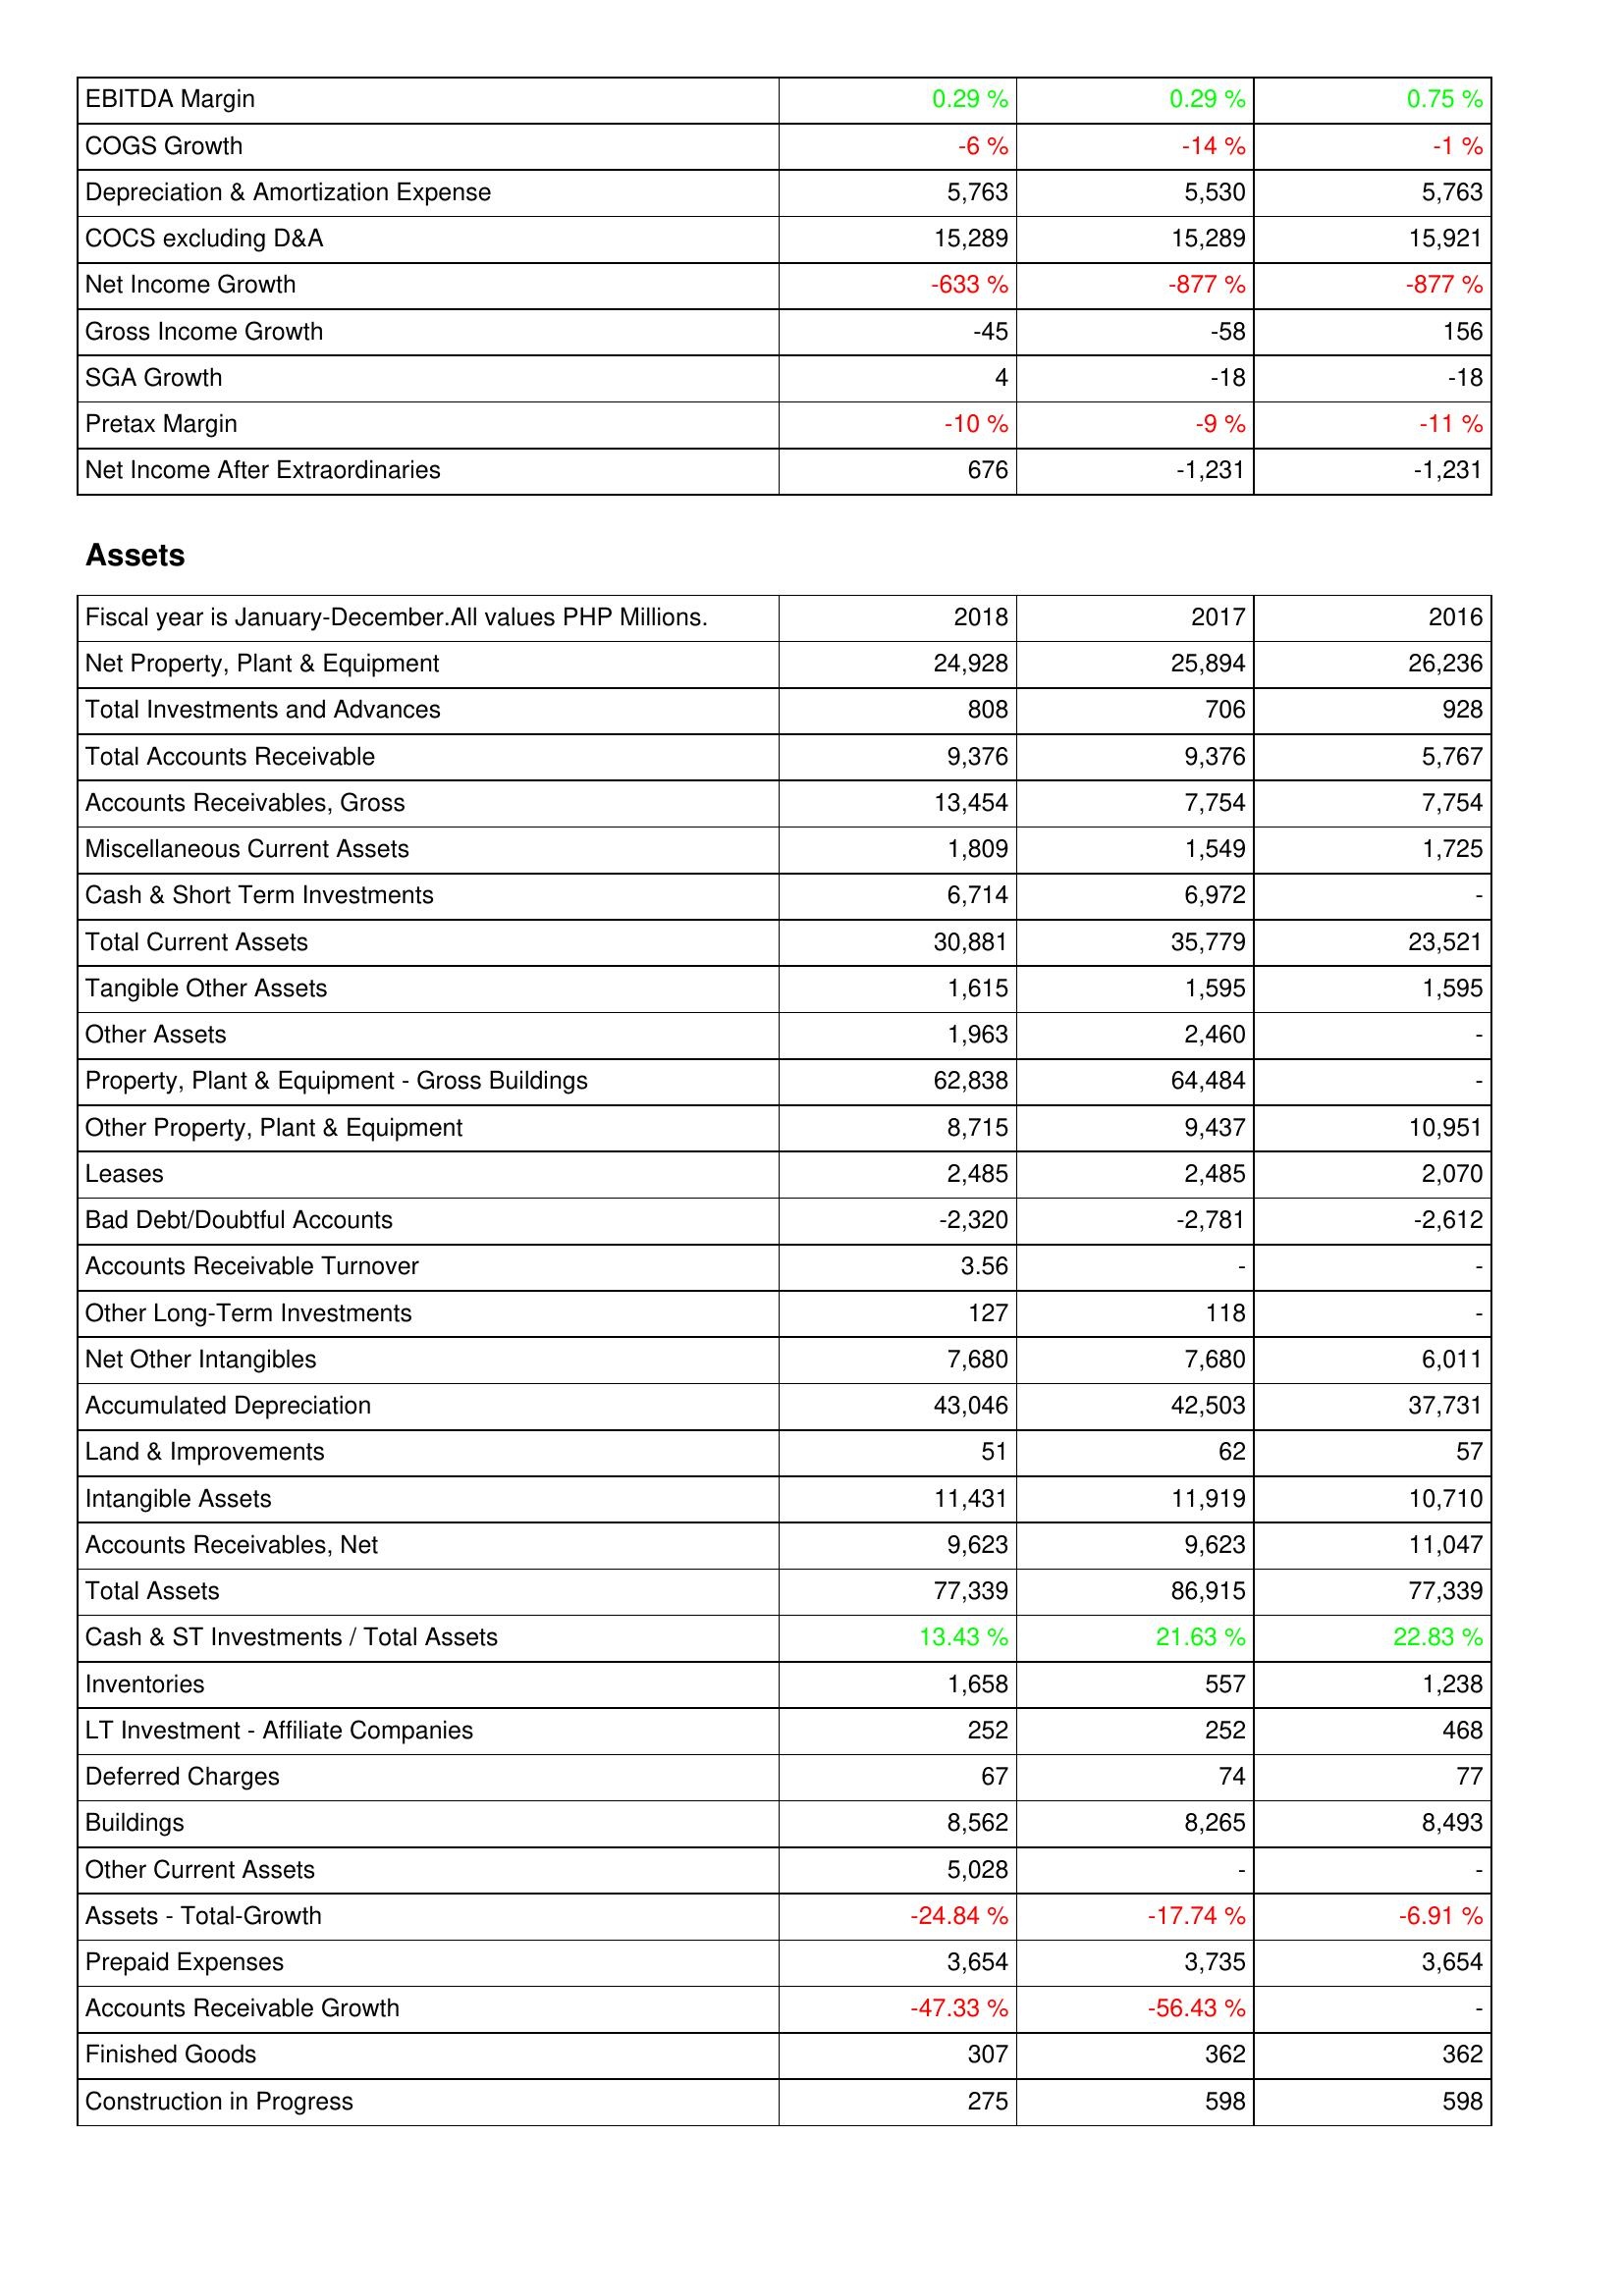
2018: Income Statement: EBITDA Margin: 0.29 %
COGS Growth: -6 %
Depreciation & Amortization Expense: 5,763
COCS excluding D&A: 15,289
Net Income Growth: -633 %
Gross Income Growth: -45
SGA Growth: 4
Pretax Margin: -10 %
Net Income After Extraordinaries: 676
Assets: Net Property, Plant & Equipment: 24,928
Total Investments and Advances: 808
Total Accounts Receivable: 9,376
Accounts Receivables, Gross: 13,454
Miscellaneous Current Assets: 1,809
Cash & Short Term Investments: 6,714
Total Current Assets: 30,881
Tangible Other Assets: 1,615
Other Assets: 1,963
Property, Plant & Equipment - Gross Buildings: 62,838
Other Property, Plant & Equipment: 8,715
Leases: 2,485
Bad Debt/Doubtful Accounts: -2,320
Accounts Receivable Turnover: 3.56
Other Long-Term Investments: 127
Net Other Intangibles: 7,680
Accumulated Depreciation: 43,046
Land & Improvements: 51
Intangible Assets: 11,431
Accounts Receivables, Net: 9,623
Total Assets: 77,339
Cash & ST Investments / Total Assets: 13.43 %
Inventories: 1,658
LT Investment - Affiliate Companies: 252
Deferred Charges: 67
Buildings: 8,562
Other Current Assets: 5,028
Assets - Total-Growth: -24.84 %
Prepaid Expenses: 3,654
Accounts Receivable Growth: -47.33 %
Finished Goods: 307
Construction in Progress: 275
2017: Income Statement: EBITDA Margin: 0.29 %
COGS Growth: -14 %
Depreciation & Amortization Expense: 5,530
COCS excluding D&A: 15,289
Net Income Growth: -877 %
Gross Income Growth: -58
SGA Growth: -18
Pretax Margin: -9 %
Net Income After Extraordinaries: -1,231
Assets: Net Property, Plant & Equipment: 25,894
Total Investments and Advances: 706
Total Accounts Receivable: 9,376
Accounts Receivables, Gross: 7,754
Miscellaneous Current Assets: 1,549
Cash & Short Term Investments: 6,972
Total Current Assets: 35,779
Tangible Other Assets: 1,595
Other Assets: 2,460
Property, Plant & Equipment - Gross Buildings: 64,484
Other Property, Plant & Equipment: 9,437
Leases: 2,485
Bad Debt/Doubtful Accounts: -2,781
Accounts Receivable Turnover: -
Other Long-Term Investments: 118
Net Other Intangibles: 7,680
Accumulated Depreciation: 42,503
Land & Improvements: 62
Intangible Assets: 11,919
Accounts Receivables, Net: 9,623
Total Assets: 86,915
Cash & ST Investments / Total Assets: 21.63 %
Inventories: 557
LT Investment - Affiliate Companies: 252
Deferred Charges: 74
Buildings: 8,265
Other Current Assets: -
Assets - Total-Growth: -17.74 %
Prepaid Expenses: 3,735
Accounts Receivable Growth: -56.43 %
Finished Goods: 362
Construction in Progress: 598
2016: Income Statement: EBITDA Margin: 0.75 %
COGS Growth: -1 %
Depreciation & Amortization Expense: 5,763
COCS excluding D&A: 15,921
Net Income Growth: -877 %
Gross Income Growth: 156
SGA Growth: -18
Pretax Margin: -11 %
Net Income After Extraordinaries: -1,231
Assets: Net Property, Plant & Equipment: 26,236
Total Investments and Advances: 928
Total Accounts Receivable: 5,767
Accounts Receivables, Gross: 7,754
Miscellaneous Current Assets: 1,725
Cash & Short Term Investments: -
Total Current Assets: 23,521
Tangible Other Assets: 1,595
Other Assets: -
Property, Plant & Equipment - Gross Buildings: -
Other Property, Plant & Equipment: 10,951
Leases: 2,070
Bad Debt/Doubtful Accounts: -2,612
Accounts Receivable Turnover: -
Other Long-Term Investments: -
Net Other Intangibles: 6,011
Accumulated Depreciation: 37,731
Land & Improvements: 57
Intangible Assets: 10,710
Accounts Receivables, Net: 11,047
Total Assets: 77,339
Cash & ST Investments / Total Assets: 22.83 %
Inventories: 1,238
LT Investment - Affiliate Companies: 468
Deferred Charges: 77
Buildings: 8,493
Other Current Assets: -
Assets - Total-Growth: -6.91 %
Prepaid Expenses: 3,654
Accounts Receivable Growth: -
Finished Goods: 362
Construction in Progress: 598